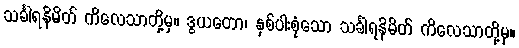
သင်္ခါရနိမိတ် ကိလေသာတို့မှ။ ဒွယတော၊ နှစ်ပါးစုံသော သင်္ခါရနိမိတ် ကိလေသာတို့မှ။